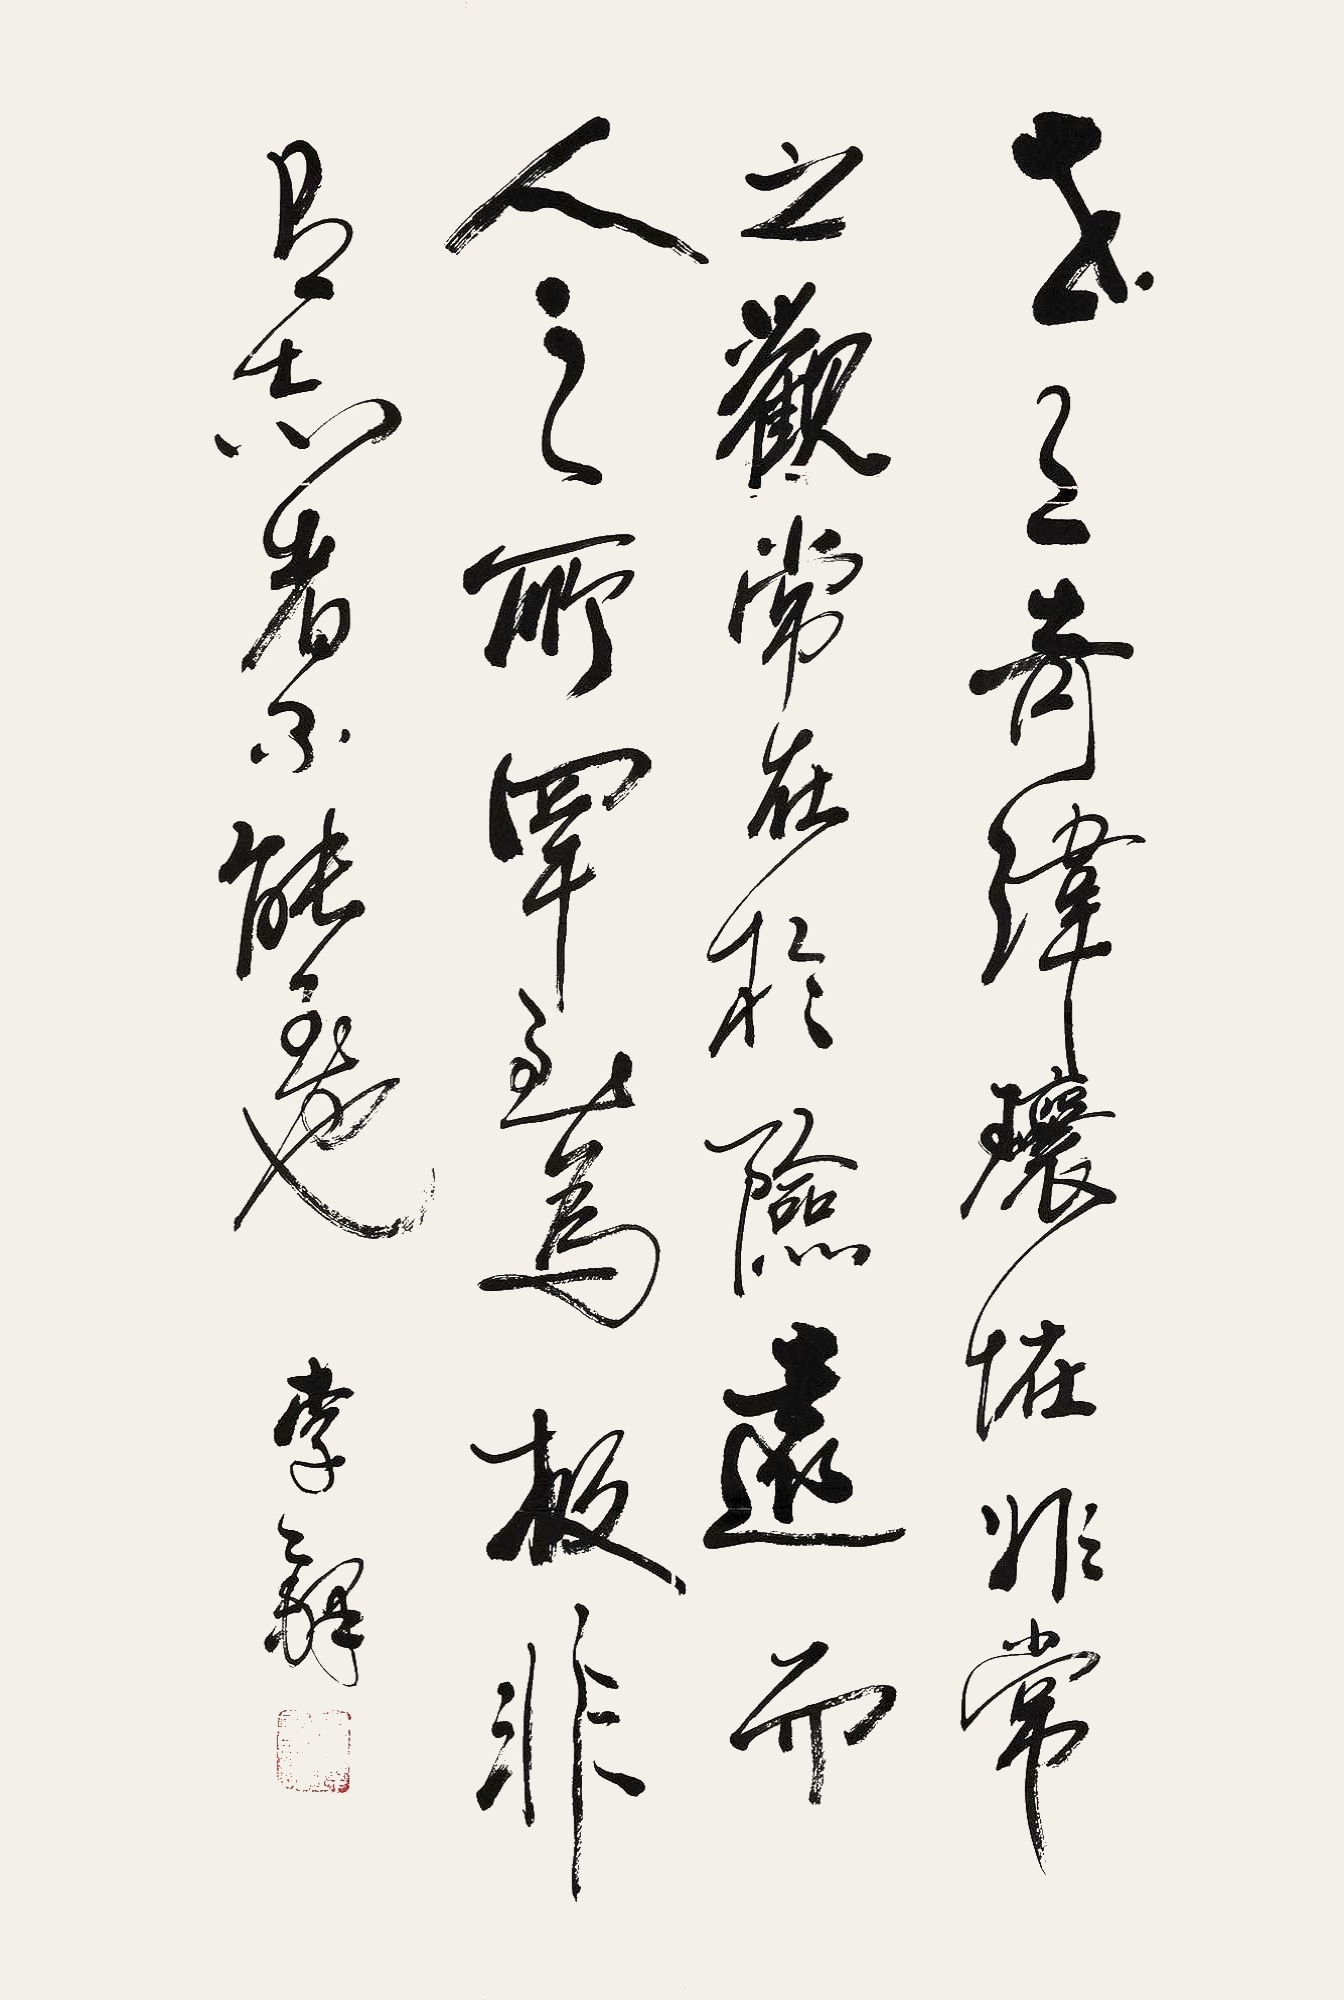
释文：世之奇伟、瑰怪，非常之观，常在于险远，而人之所罕至焉，故非有志者不能至也。李铎